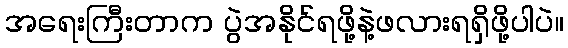
အရေးကြီးတာက ပွဲအနိုင်ရဖို့နဲ့ဖလားရရှိဖို့ပါပဲ။